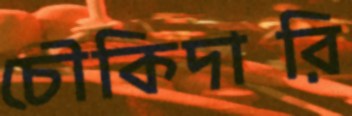
চৌকিদারি